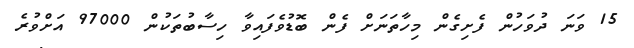
15 ވަނަ ދުވަހުން ފެށިގެން މިހާތަނަށް ފެން ބޮޑުވެފައިވާ ހިސާބުތަކުން 97000 އަށްވުރެ